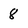
Character: 8